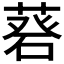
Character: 𦷦